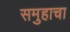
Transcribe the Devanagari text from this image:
समुहाचा